Report on vaccination proceedings throughout the Government of Bengal -
Year: 1868
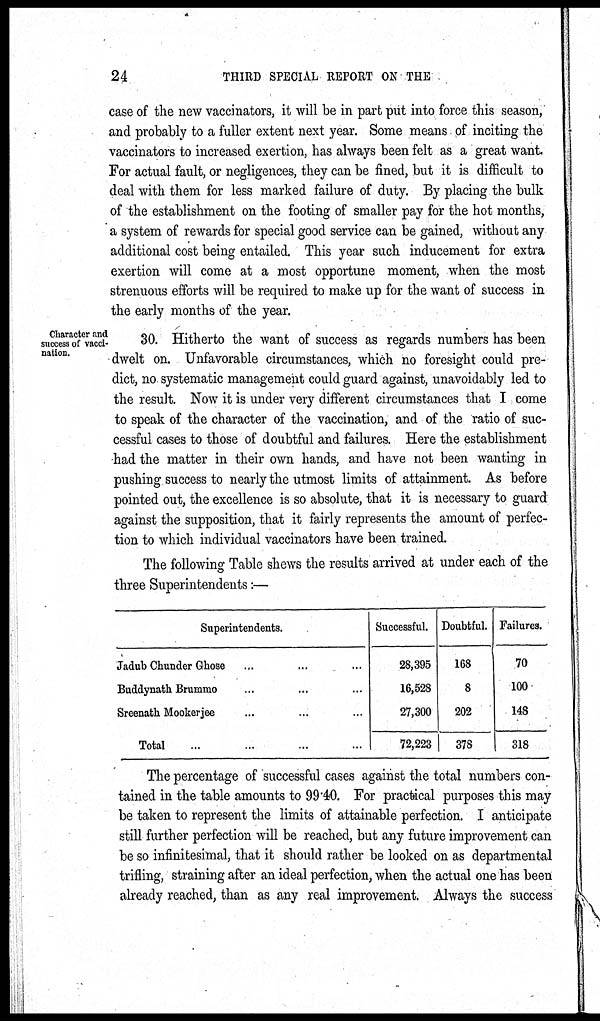
24
THIRD SPECIAL REPORT ON THE
case of the new vaccinators, it will be in part put into force this season,
and probably to a fuller extent next year. Some means of inciting the
vaccinators to increased exertion, has always been felt as a great want.
For actual fault, or negligences, they can be fined, but it is difficult to
deal with them for less marked failure of duty. By placing the bulk
of the establishment on the footing of smaller pay for the hot months,
a system of rewards for special good service can be gained, without any
additional cost being entailed. This year such inducement for extra
exertion will come at a most opportune moment, when the most
strenuous efforts will be required to make up for the want of success in
the early months of the year.
Character and
success of vacci-
nation.
30. Hitherto the want of success as regards numbers has been
dwelt on. Unfavorable circumstances, which no foresight could pre-
dict, no systematic management could guard against, unavoidably led to
the result. Now it is under very different circumstances that I come
to speak of the character of the vaccination, and of the ratio of suc-
cessful cases to those of doubtful and failures. Here the establishment
had the matter in their own hands, and have not been wanting in
pushing success to nearly the utmost limits of attainment. As before
pointed out, the excellence is so absolute, that it is necessary to guard
against the supposition, that it fairly represents the amount of perfec-
tion to which individual vaccinators have been trained.
The following Table shews the results arrived at under each of the
three Superintendents:—
Superintendents.
Jadub Chunder Ghose ... ... ...
Buddynath Brummo ... ...
Sreenath Mookerjee ... ...
Total ... ...
Successful.
28,395
16,528
27,300
72,223
Doubtful.
168
8
202
378
Failures.
70
100
148
318
The percentage of successful cases against the total numbers con-
tained in the table amounts to 99.40. For practical purposes this may
be taken to represent the limits of attainable perfection. I anticipate
still further perfection will be reached, but any future improvement can
be so infinitesimal, that it should rather be looked on as departmental
trifling, straining after an ideal perfection, when the actual one has been
already reached, than as any real improvement. Always the success